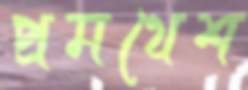
প্রমথেশ